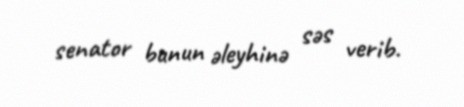
senator bunun əleyhinə səs verib.